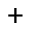
^ +